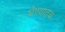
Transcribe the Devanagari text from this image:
घेण्यातच